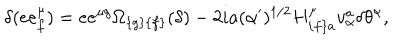
\delta ( e e _ { { f } } ^ { \mu } ) = e e ^ { \mu { g } } \Omega _ { { \{ g \} \{ f \} } } ( \delta ) - 2 i a ( \alpha ^ { \prime } ) ^ { { 1 / 2 } } H _ { { \{ f \} a } } ^ { \mu } v _ { \alpha } ^ { { a } } \delta \theta ^ { \alpha } ,